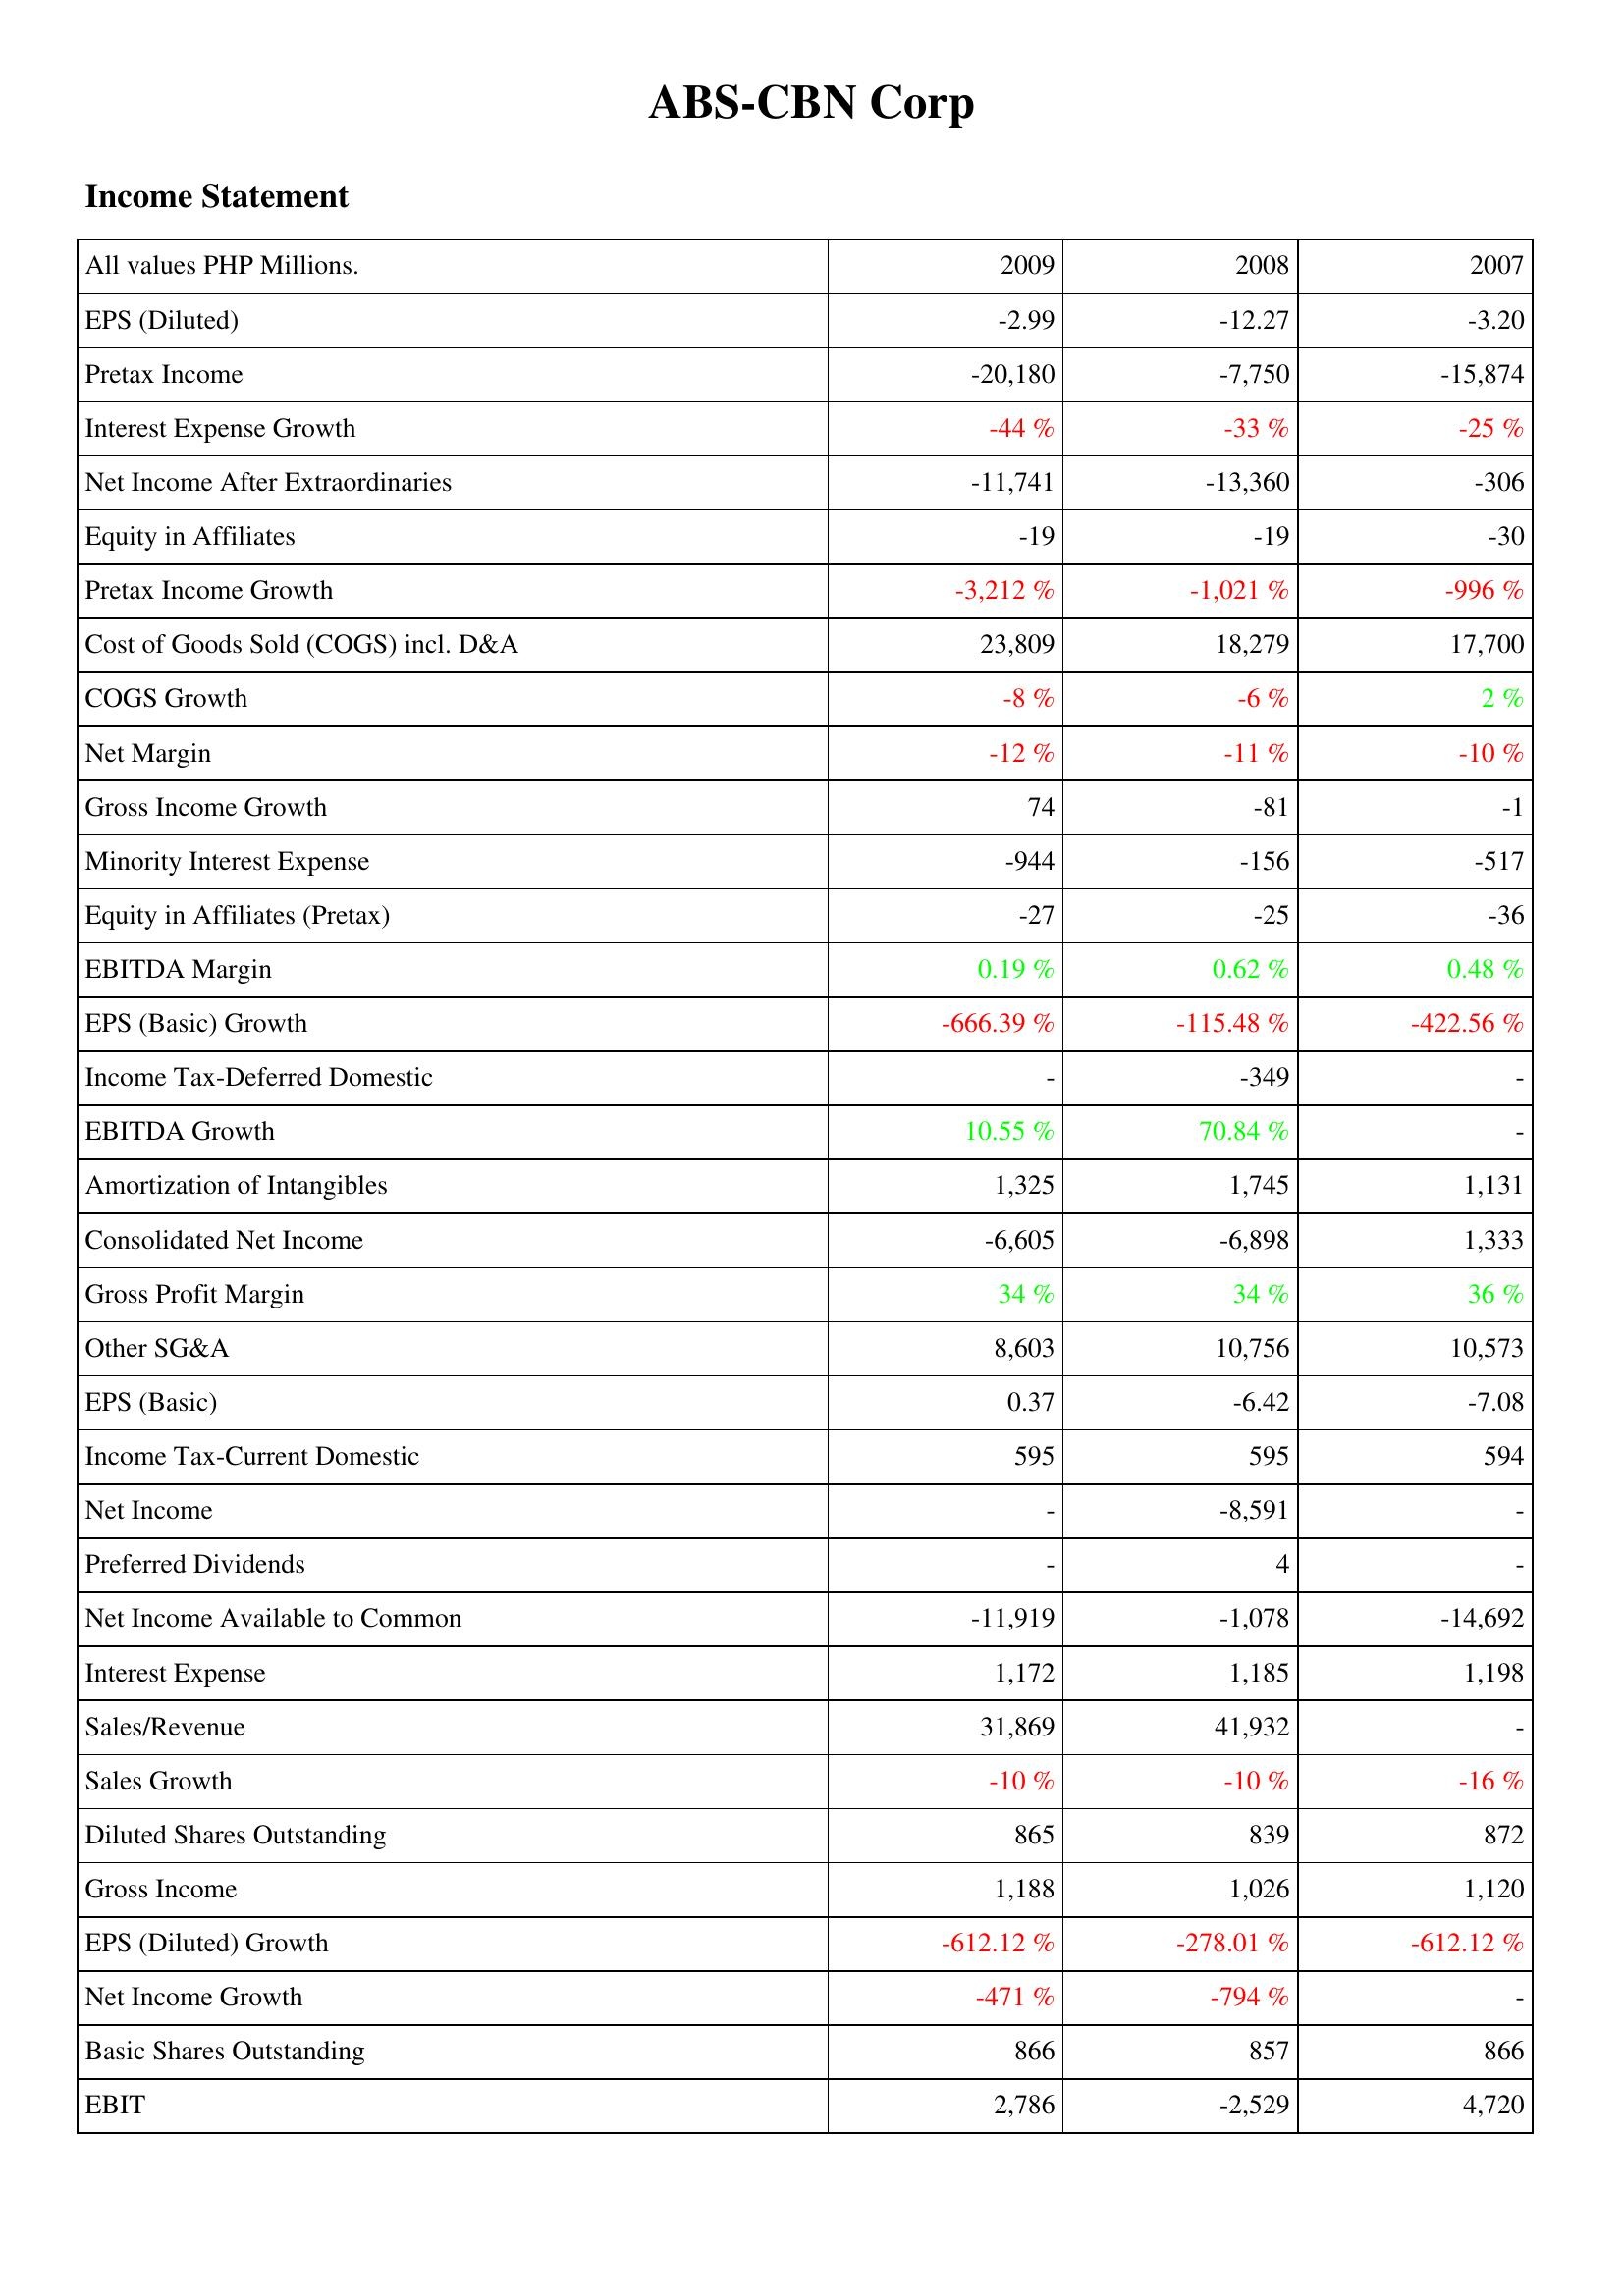
2009: Income Statement: EPS (Diluted): -2.99
Pretax Income: -20,180
Interest Expense Growth: -44 %
Net Income After Extraordinaries: -11,741
Equity in Affiliates: -19
Pretax Income Growth: -3,212 %
Cost of Goods Sold (COGS) incl. D&A: 23,809
COGS Growth: -8 %
Net Margin: -12 %
Gross Income Growth: 74
Minority Interest Expense: -944
Equity in Affiliates (Pretax): -27
EBITDA Margin: 0.19 %
EPS (Basic) Growth: -666.39 %
Income Tax-Deferred Domestic: -
EBITDA Growth: 10.55 %
Amortization of Intangibles: 1,325
Consolidated Net Income: -6,605
Gross Profit Margin: 34 %
Other SG&A: 8,603
EPS (Basic): 0.37
Income Tax-Current Domestic: 595
Net Income: -
Preferred Dividends: -
Net Income Available to Common: -11,919
Interest Expense: 1,172
Sales/Revenue: 31,869
Sales Growth: -10 %
Diluted Shares Outstanding: 865
Gross Income: 1,188
EPS (Diluted) Growth: -612.12 %
Net Income Growth: -471 %
Basic Shares Outstanding: 866
EBIT: 2,786
2008: Income Statement: EPS (Diluted): -12.27
Pretax Income: -7,750
Interest Expense Growth: -33 %
Net Income After Extraordinaries: -13,360
Equity in Affiliates: -19
Pretax Income Growth: -1,021 %
Cost of Goods Sold (COGS) incl. D&A: 18,279
COGS Growth: -6 %
Net Margin: -11 %
Gross Income Growth: -81
Minority Interest Expense: -156
Equity in Affiliates (Pretax): -25
EBITDA Margin: 0.62 %
EPS (Basic) Growth: -115.48 %
Income Tax-Deferred Domestic: -349
EBITDA Growth: 70.84 %
Amortization of Intangibles: 1,745
Consolidated Net Income: -6,898
Gross Profit Margin: 34 %
Other SG&A: 10,756
EPS (Basic): -6.42
Income Tax-Current Domestic: 595
Net Income: -8,591
Preferred Dividends: 4
Net Income Available to Common: -1,078
Interest Expense: 1,185
Sales/Revenue: 41,932
Sales Growth: -10 %
Diluted Shares Outstanding: 839
Gross Income: 1,026
EPS (Diluted) Growth: -278.01 %
Net Income Growth: -794 %
Basic Shares Outstanding: 857
EBIT: -2,529
2007: Income Statement: EPS (Diluted): -3.20
Pretax Income: -15,874
Interest Expense Growth: -25 %
Net Income After Extraordinaries: -306
Equity in Affiliates: -30
Pretax Income Growth: -996 %
Cost of Goods Sold (COGS) incl. D&A: 17,700
COGS Growth: 2 %
Net Margin: -10 %
Gross Income Growth: -1
Minority Interest Expense: -517
Equity in Affiliates (Pretax): -36
EBITDA Margin: 0.48 %
EPS (Basic) Growth: -422.56 %
Income Tax-Deferred Domestic: -
EBITDA Growth: -
Amortization of Intangibles: 1,131
Consolidated Net Income: 1,333
Gross Profit Margin: 36 %
Other SG&A: 10,573
EPS (Basic): -7.08
Income Tax-Current Domestic: 594
Net Income: -
Preferred Dividends: -
Net Income Available to Common: -14,692
Interest Expense: 1,198
Sales/Revenue: -
Sales Growth: -16 %
Diluted Shares Outstanding: 872
Gross Income: 1,120
EPS (Diluted) Growth: -612.12 %
Net Income Growth: -
Basic Shares Outstanding: 866
EBIT: 4,720